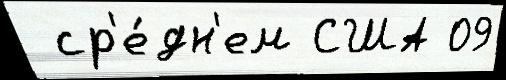
 ср'е́дн'ем США 09